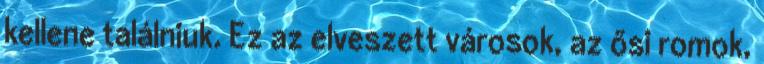
kellene találniuk. Ez az elveszett városok, az ősi romok,